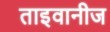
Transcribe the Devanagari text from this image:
ताइवानीज